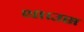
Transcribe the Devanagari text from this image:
था।उस